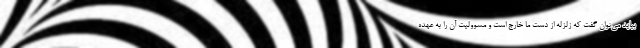
بیاید می‌توان گفت که زلزله از دست ما خارج است و مسوولیت آن را به عهده